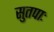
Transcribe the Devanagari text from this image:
सुतपाः